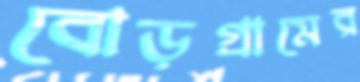
বোড়গ্রামের